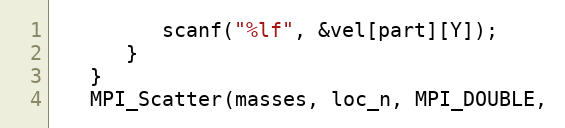
Language: C
         scanf("%lf", &vel[part][Y]);
      }
   }
   MPI_Scatter(masses, loc_n, MPI_DOUBLE,